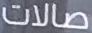
صالات